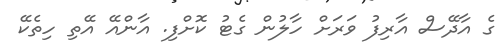
ގެ އާދޭސް އާރިފު ވަރަށް ހާލުން ގެޓު ކޮށްފި. އާންއޭ އޭތި ހިތެކޭ